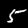
Digit: 5